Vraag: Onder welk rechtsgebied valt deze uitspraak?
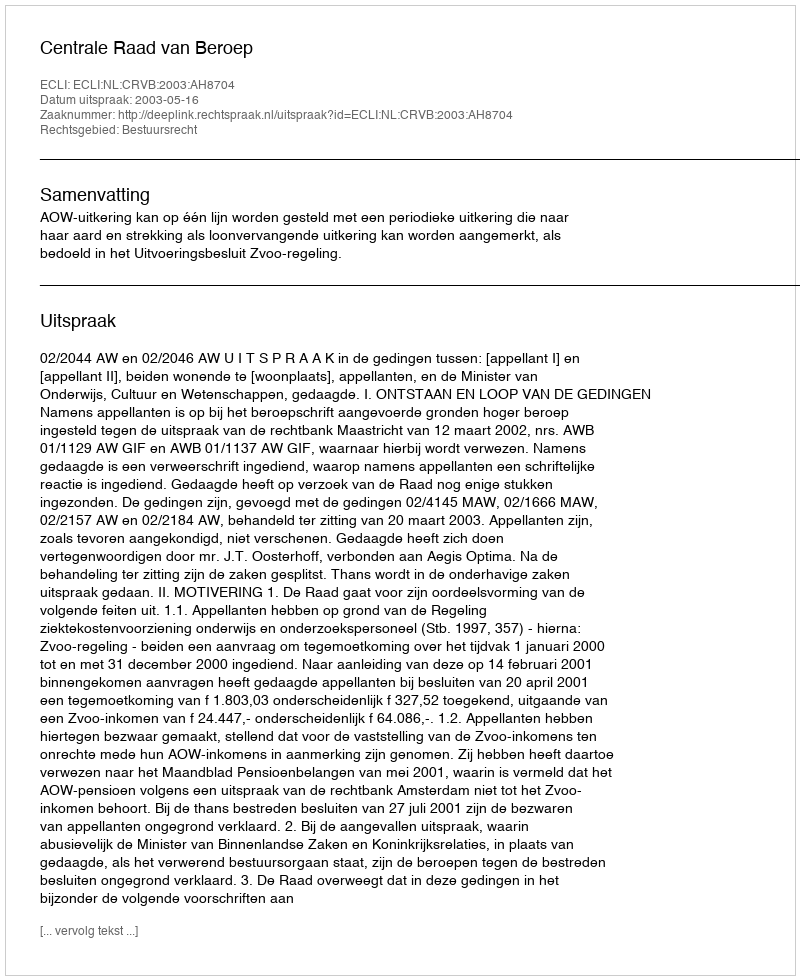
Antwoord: Bestuursrecht